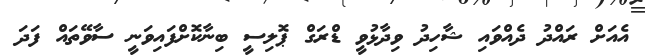
އެއަށް ރައްދު ދެއްވައި ޝާހިދު ވިދާޅުވީ ޑްރަގް ޕޮލިސީ ބިނާކޮށްފައިވަނީ ސާވޭތައް ފަދަ